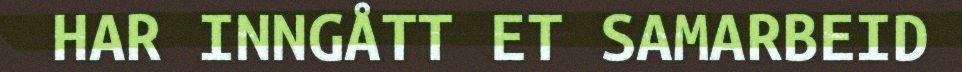
HAR INNGÅTT ET SAMARBEID